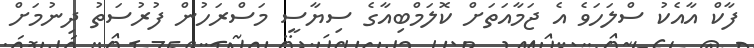
ފާކް އާއެކު ސްލަހަވެ އެ ޖަމާއަތަށް ކޮލަމްބިއާގެ ސިޔާސީ މަސްރަހުން ފުރުސަތު ދިނުމަށް